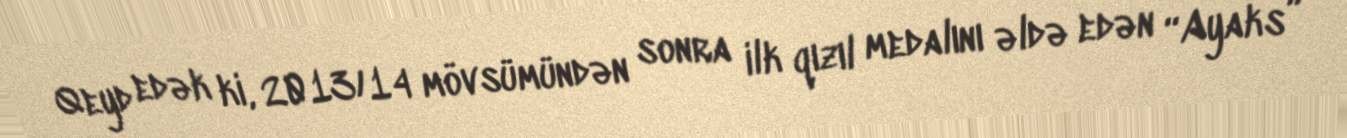
Qeyd edək ki, 2013/14 mövsümündən sonra ilk qızıl medalını əldə edən “Ayaks”